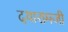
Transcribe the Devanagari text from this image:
दयारामजी